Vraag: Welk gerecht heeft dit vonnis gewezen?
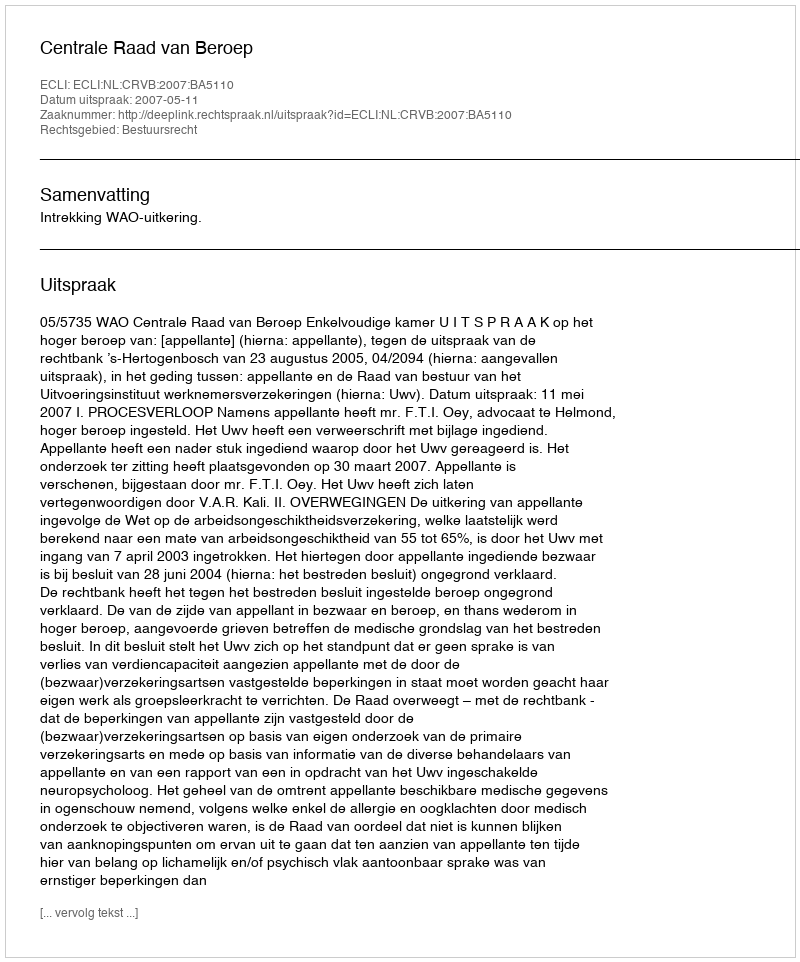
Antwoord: Centrale Raad van Beroep